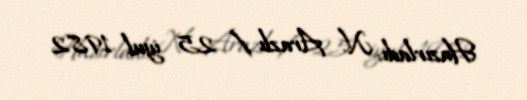
Hazırladı: N. Arazlı / 25 iyul 1982